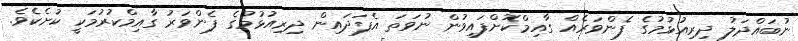
ނުބައްދަލު ދިރިއުޅުމުގެ ފެންވަރެއް ގާއިމްކޮށްފައިވުން ނުވަތަ އެފަދައިން ދިރިއުޅުމުގެ ފެންވަރު ގާއިމްކުރުމަކީ ކުށެކެވެ.